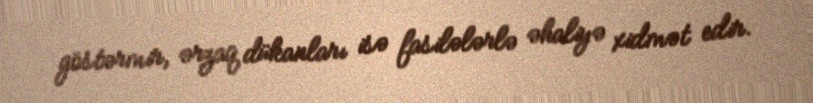
göstərmir, ərzaq dükanları isə fasilələrlə əhaliyə xidmət edir.